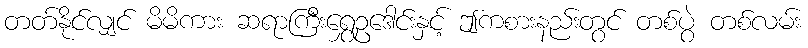
တတ်နိုင်လျှင် မိမိကား ဆရာကြီးရွှေဥဒေါင်းနှင့် ဤကစားနည်းတွင် တစ်ပွဲ တစ်လမ်း